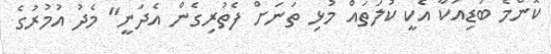
ކޮންމެ ބަޑިއަކާ އެކީ ކުލަތައް މުޅި ތަނަށް ފެތުރިގެން އެދަނީ" މެދު އުމުރުގެ